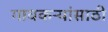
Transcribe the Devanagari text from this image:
गावकऱ्यांसाठी